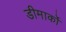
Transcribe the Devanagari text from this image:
डीमार्को